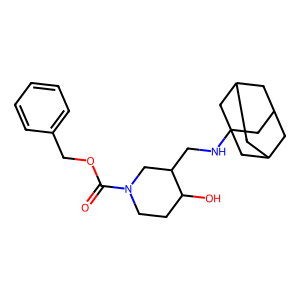
SMILES: O=C(OCc1ccccc1)N1CCC(O)C(CNC23CC4CC(CC(C4)C2)C3)C1
Inhibits HIV replication: No